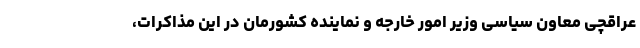
عراقچی معاون سیاسی وزیر امور خارجه و نماینده کشورمان در این مذاکرات،